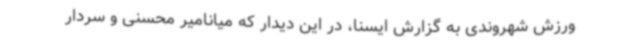
ورزش شهروندی به گزارش ایسنا، در این دیدار که میانامیر محسنی و سردار